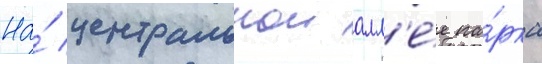
На́ центральнои алл'е́е па́рка